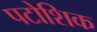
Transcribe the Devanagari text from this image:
पटोशिक